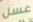
عسل